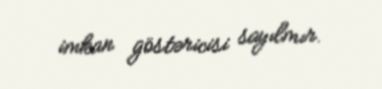
imkan göstəricisi sayılmır.